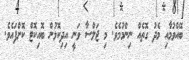
ބޭއްވުމާއި މެދު ގޮތެއް ނިންމުމެވެ. މި ޖަލްސާ ވަނީ އިދިކޮޅުން ބޮއިކޮޓް ކޮށްްފައެވެ.